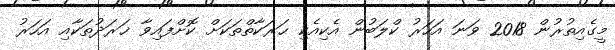
މީގެއިތުރުން 2018 ވަނަ އަހަރު ކްލަބުން އެކިއެކި ޙަރަކާތްތަކަށް ކޮށްފައިވާ ޚަރަދުތަކާއި އަހަރު